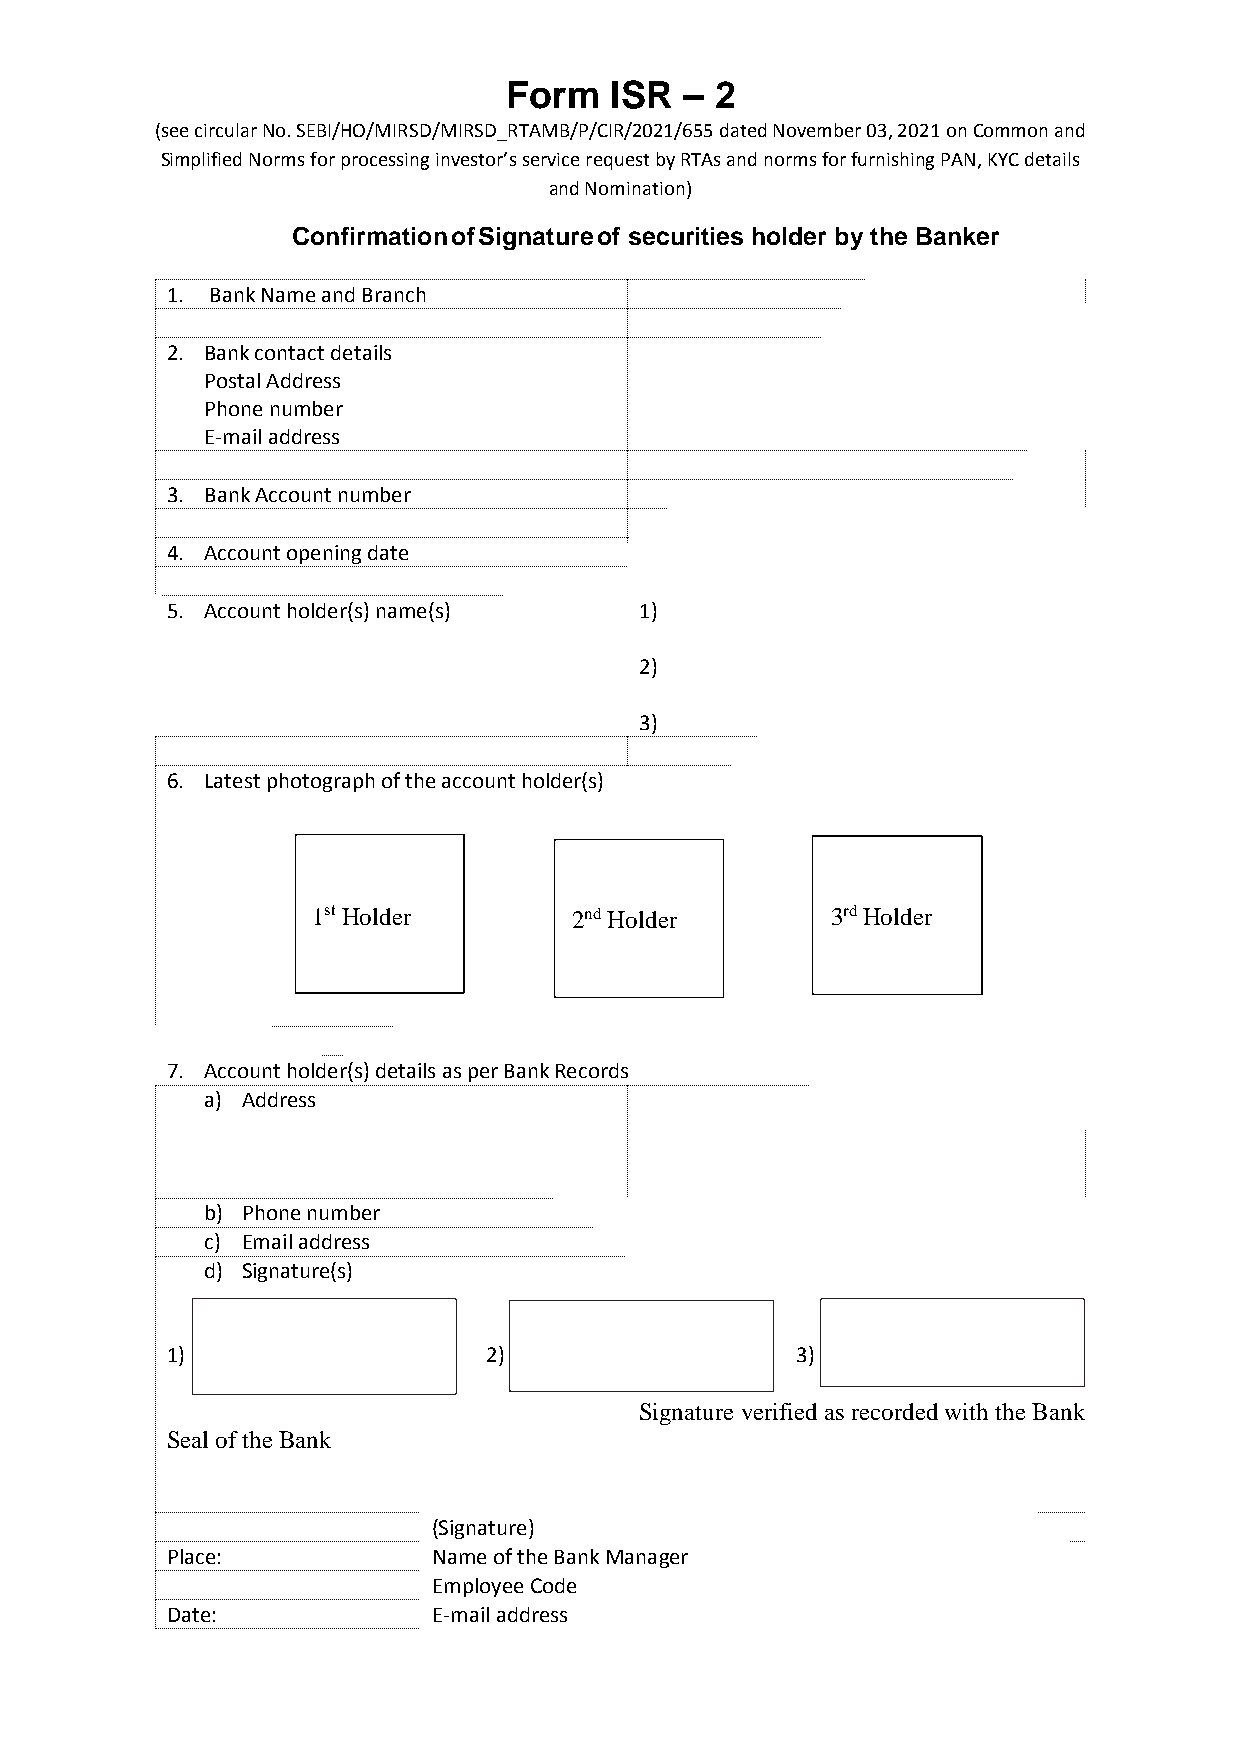
Form   ISR  – 2
 (see circular No. SEBI/HO/MIRSD/MIRSD_RTAMB/P/CIR/2021/655 dated November 03, 2021 on Common and
 Simplified Norms for processing investor’s service request by RTAs and norms for furnishing PAN, KYC details
 and Nomination)
 Confirmation of Signature of securities holder by the Banker
 1. Bank Name and Branch
 2. Bank contact details
 Postal Address
 Phone number
 E-mail address
 3. Bank Account number
 4. Account opening date
 5. Account holder(s) name(s)   1)
 2)
 3)
 6. Latest photograph of the account holder(s)
 1st Holder       2nd Holder       3rd Holder
 7. Account holder(s) details as per Bank Records
 a) Address
 b) Phone number
 c) Email address
 d) Signature(s)
 1)                   2)                   3)
 Signature verified as recorded with the Bank
 Seal of the Bank
 (Signature)
 Place:            Name of the Bank Manager
 Employee Code
 Date:             E-mail address